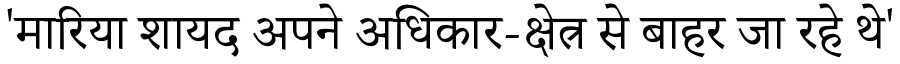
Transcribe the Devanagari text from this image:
'मारिया शायद अपने अधिकार-क्षेत्र से बाहर जा रहे थे'